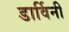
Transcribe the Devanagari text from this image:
डार्विनी